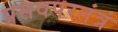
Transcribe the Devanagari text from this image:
प्रसवपरतंत्रं